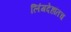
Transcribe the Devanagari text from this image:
लिंगदेहांतच